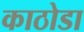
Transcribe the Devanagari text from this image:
काठोडा